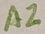
Text: A2